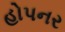
હોપનર